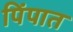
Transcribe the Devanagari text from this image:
पिंपात